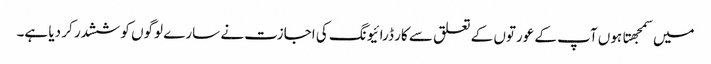
میں سمجهتا ہوں آپ کے عورتوں کے تعلق سے کار ڈرائیونگ کی اجازت نے سارے لوگوں کو ششدر کر دیا ہے۔